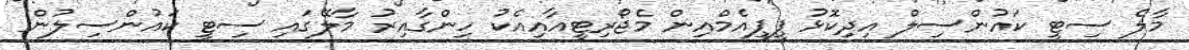
މާލެ ސިޓީ ކައުންސިލް އިދިކޮޅު ޕީޕީއެމްއިން މެޖޯރިޓީއާއިއެކު ހިންގާއިރު މާލޭގައި ސިޓީ ކައުންސިލުން